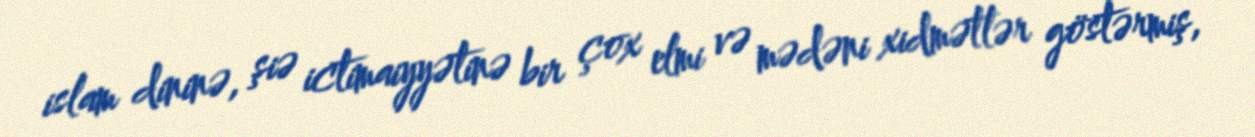
islam dininə, şiə ictimaiyyətinə bir çox elmi və mədəni xidmətlər göstərmiş,